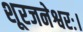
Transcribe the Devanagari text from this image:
शूरजनेश्वरः।